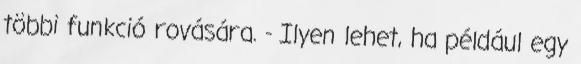
többi funkció rovására. - Ilyen lehet, ha például egy